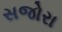
સજોરા